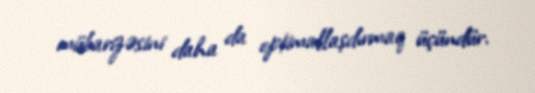
mübarizəsini daha da optimallaşdırmaq üçündür.